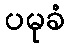
ပမုခံ